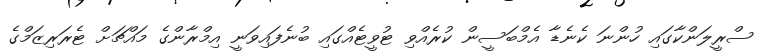
ސްރީލަންކާގައި ހުންނަ ކެނެޑާ އެމްބަސީން ކުރެއްވި ޓުވީޓެއްގައި ބުނެފައިވަނީ އިމްރާންގެ މައްޗަށް ޓެރަރިޒަމްގެ